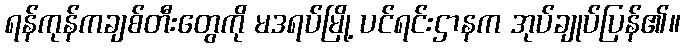
ရန်ကုန်ကချစ်တီးတွေကို မဒရပ်မြို့ ပင်ရင်းဌာနက အုပ်ချုပ်ပြန်၏။